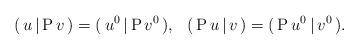
LaTeX: \begin{align*}(\,u\,|\,{\rm P\,}v\,)=(\,u^0\,|\,{\rm P\,}v^0\,),\ \ (\,{\rm P\,}u\,|\,v\,)=(\,{\rm P\,}u^0\,|\,v^0\,).\end{align*}